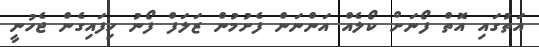
އަތުގައި އޮތް ފޯނަށް ކޯލެއް އަންނަން ފެށުމުން ޒަލަފް ފޯނު ހިފައިގެން ޖެހުނީ